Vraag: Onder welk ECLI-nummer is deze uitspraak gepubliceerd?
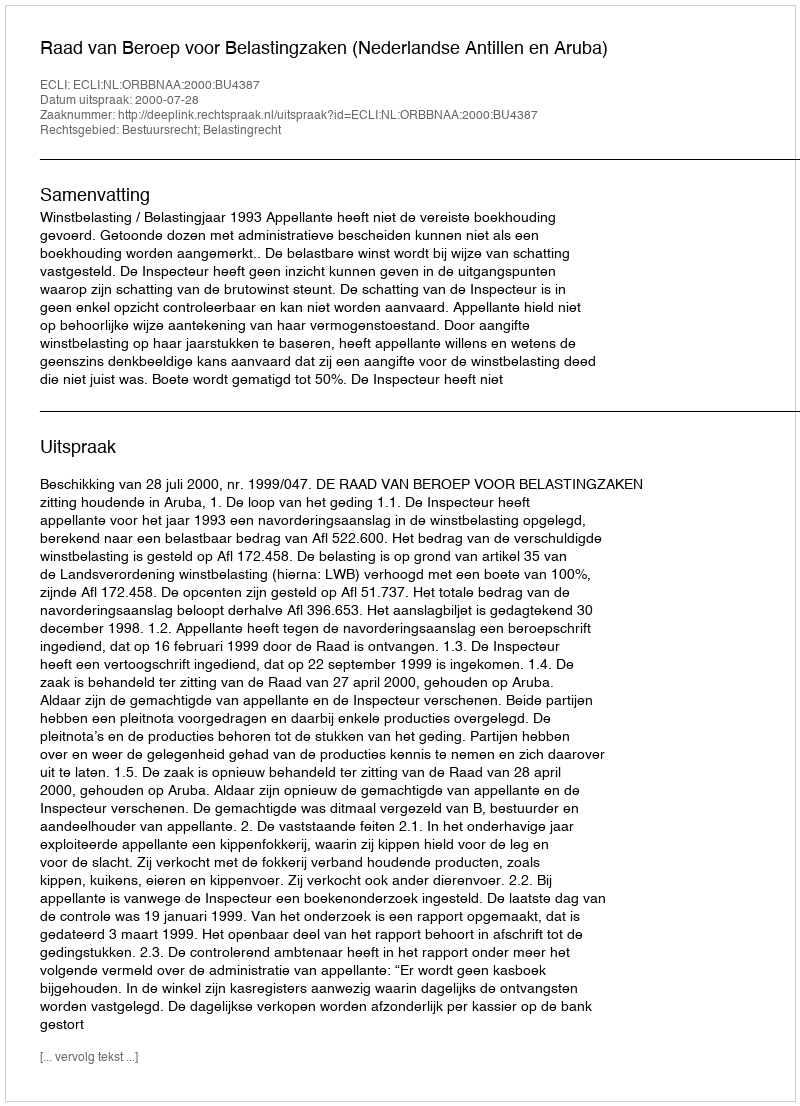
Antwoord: ECLI:NL:ORBBNAA:2000:BU4387